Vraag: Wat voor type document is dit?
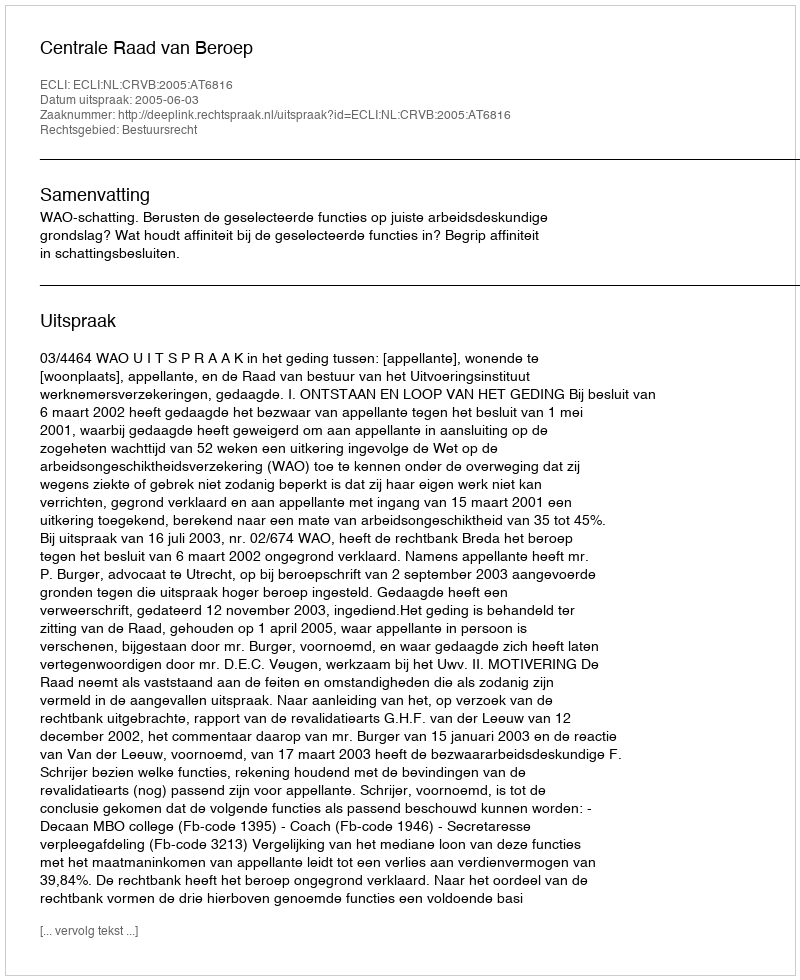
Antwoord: Uitspraak